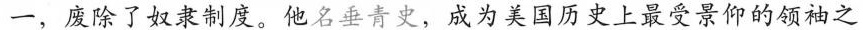
一，废除了奴隶制度。他名垂青史，成为美国历史上最受景仰的领袖之